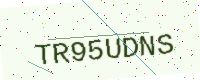
Text: TR95UDNS